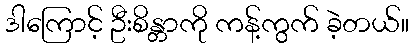
ဒါကြောင့် ဦးစိန္တာကို ကန့်ကွက် ခဲ့တယ်။